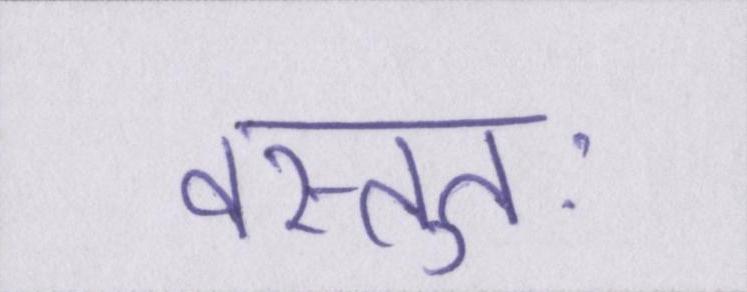
वस्तुतः